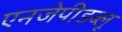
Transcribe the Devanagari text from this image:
एनजेपीडब्लू